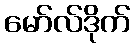
မော်လ်ဒိုက်